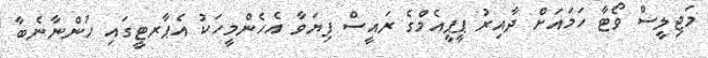
މަޖިލީސް ވޯޓާ ހަމައަށް ދާއިރު ޕީޕީއެމްގެ ރައީސް ފިޔަވާ އެހެންމީހަކު އެޕާރޓީގައި ހުންނާނެބާ